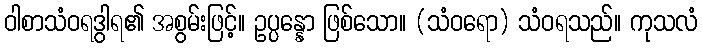
ဝါစာသံဝရဒွါရ၏ အစွမ်းဖြင့်။ ဥပ္ပန္နော ဖြစ်သော။ (သံဝရော) သံဝရသည်။ ကုသလံ